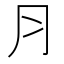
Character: ⺼